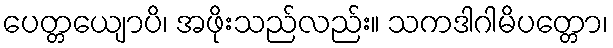
ပေတ္တယျောပိ၊ အဖိုးသည်လည်း။ သကဒါဂါမိပတ္တော၊